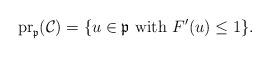
LaTeX: \begin{align*}\mathrm{pr}_\mathfrak{p}(\mathcal{C})=\{u\in\mathfrak{p}\mbox{ with }F'(u)\leq 1\}.\end{align*}